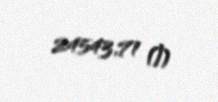
24543,71 ₼